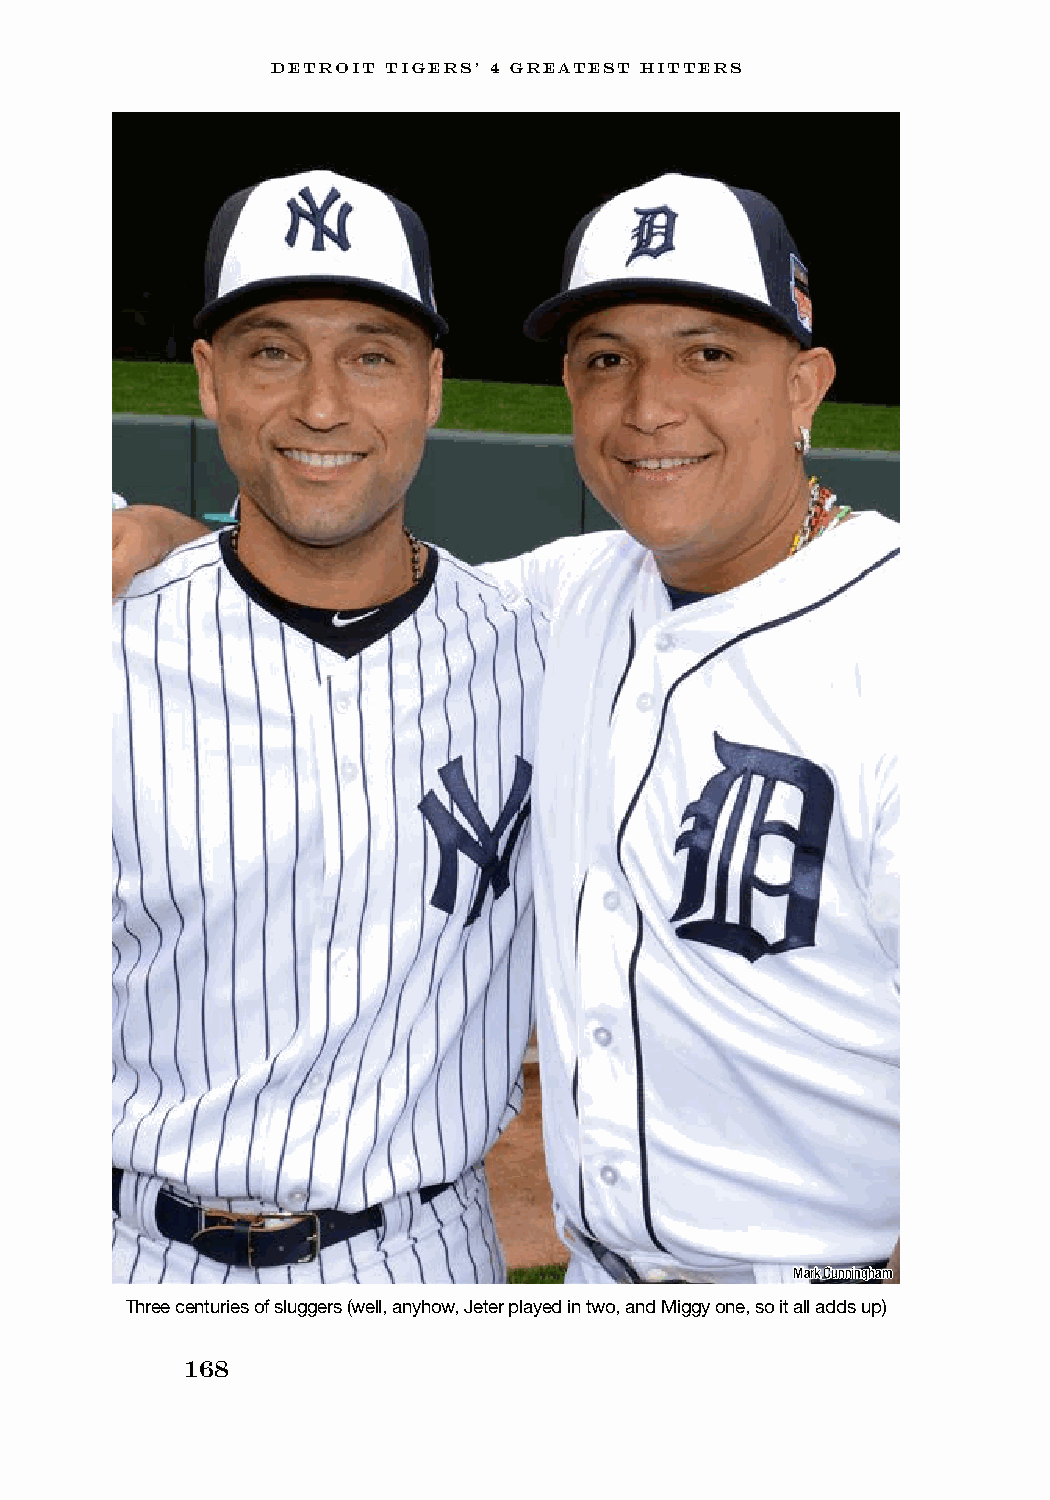
DETROIT TIGERS’ 4 GREATEST HITTERS
 Mark Cunningham
 Three centuries of sluggers (well, anyhow, Jeter played in two, and Miggy one, so it all adds up)
 168